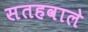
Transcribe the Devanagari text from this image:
सतहवाले